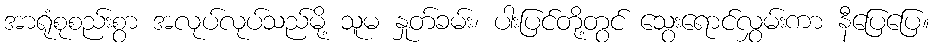
အာရုံစုစည်းစွာ အလုပ်လုပ်သည်မို့ သူမ နှုတ်ခမ်း၊ ပါးပြင်တို့တွင် သွေးရောင်လွှမ်းကာ နီပြေပြေ။